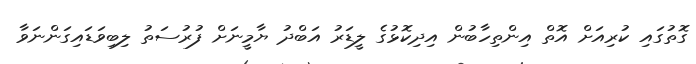
ގޮތުގައި ކުރިއަށް އޮތް އިންތިހާބުން އިދިކޮޅުގެ ލީޑަރު އަބްދު ޔާމީނަށް ފުރުސަތު ލިބިވަޑައިގަންނަވާ